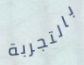
بالتجربة